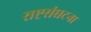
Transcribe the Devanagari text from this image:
राष्ट्रसंघटना